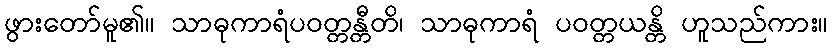
ဖွားတော်မူ၏။ သာဓုကာရံပဝတ္တန္တီတိ၊ သာဓုကာရံ ပဝတ္တယန္တိ ဟူသည်ကား။